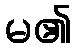
မ၏